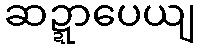
ဆဍ္ဍာပေယျ